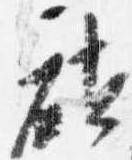
社